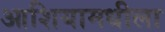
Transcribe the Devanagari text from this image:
आशियामधीला